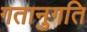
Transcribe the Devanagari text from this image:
गतानुगति